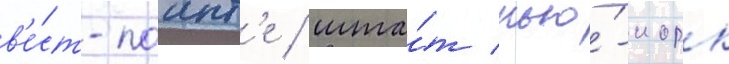
в'е́ст-поинт'е / шта́т нью́-иорк